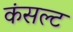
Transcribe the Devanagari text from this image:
कंसल्ट